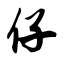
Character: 仔